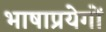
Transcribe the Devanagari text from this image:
भाषाप्रयेगों